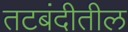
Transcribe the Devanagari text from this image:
तटबंदीतील